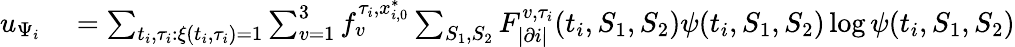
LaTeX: \begin{array}{rl}{u_{\Psi_{i}}}&{{}=\sum_{t_{i},\tau_{i}:\xi(t_{i},\tau_{i})=1}\sum_{v=1}^{3}f_{v}^{\tau_{i},x_{i,0}^{*}}\sum_{S_{1},S_{2}}F_{|\partial i|}^{v,\tau_{i}}(t_{i},S_{1},S_{2})\psi(t_{i},S_{1},S_{2})\log\psi(t_{i},S_{1},S_{2})}\end{array}